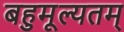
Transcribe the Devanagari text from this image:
बहुमूल्यतम्